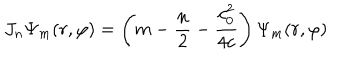
J _ { n } \Psi _ { m } ( r , \varphi ) = \left( m - \frac n 2 - \frac { c _ { 0 } ^ { 2 } } { 4 c } \right) \Psi _ { m } ( r , \varphi )